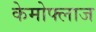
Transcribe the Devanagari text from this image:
केमोफ्लाज